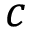
c